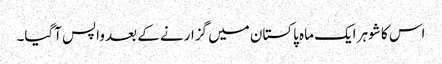
اس کا شوہر ایک ماہ پاکستان میں گزارنے کے بعد واپس آگیا۔